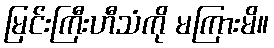
မြင်းကြီးဟီသံကို မကြားမိ။